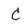
Character: C